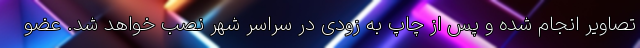
تصاویر انجام شده و پس از چاپ به زودی در سراسر شهر نصب خواهد شد. عضو